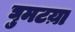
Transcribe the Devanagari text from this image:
घुमटय़ा